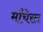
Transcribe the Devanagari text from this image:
माँचेरल